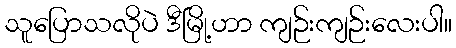
သူပြောသလိုပဲ ဒီမြို့ဟာ ကျဉ်းကျဉ်းလေးပါ။